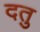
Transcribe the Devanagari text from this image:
दतु